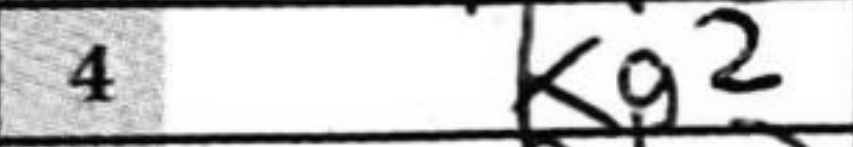
Transcription: Kg2